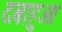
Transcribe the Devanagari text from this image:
दबाहुआ